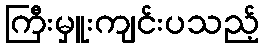
ကြီးမှူးကျင်းပသည့်